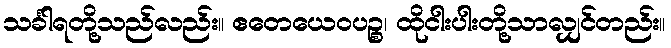
သင်္ခါရတို့သည်လည်း။ ဧတေယေဝပဉ္စ၊ ထိုငါးပါးတို့သာလျှင်တည်း။